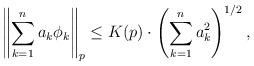
LaTeX: \begin{align*}\left\|\sum_{k=1}^na_k\phi_k\right\|_p\le K(p)\cdot \left(\sum_{k=1}^na_k^2\right)^{1/2},\end{align*}